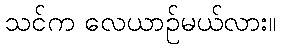
သင်က လေယာဉ်မယ်လား။